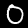
Digit: 0